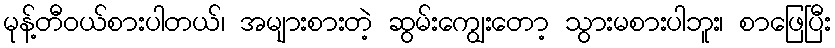
မုန့်တီဝယ်စားပါတယ်၊ အများစားတဲ့ ဆွမ်းကျွေးတော့ သွားမစားပါဘူး၊ စာဖြေပြီး